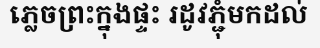
ភ្លេចព្រះក្នុងផ្ទះ រដូវភ្ជុំមកដល់